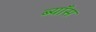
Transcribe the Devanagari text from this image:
ब्याँस